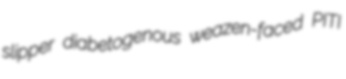
slipper diabetogenous weazen-faced PITI